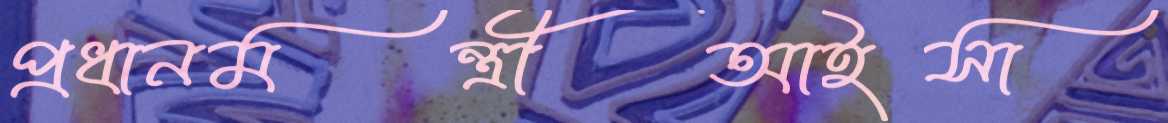
প্রধানমন্ত্রীআইসা